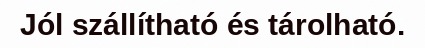
Jól szállítható és tárolható.